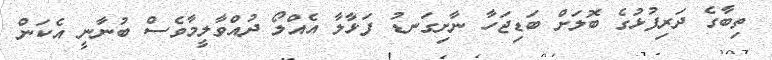
ތިބާގެ ދަރިފުޅުގެ ބޮލަށް ބަޑިޖަހާ ނާށިގަނޑު ފަޅާލާ އެއްލޯ ދުއްވާލީމާވެސް ބުނާނީ އެކަން